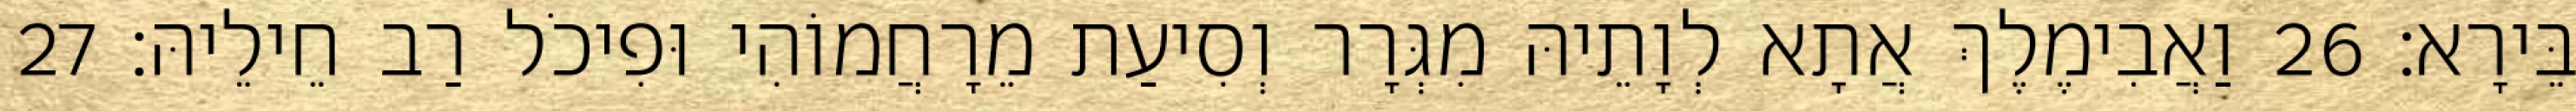
בֵּירָא׃ 26 וַאֲבִימֶלֶךְ אֲתָא לְוָתֵיהּ מִגְּרָר וְסִיעַת מֵרָחֲמוֹהִי וּפִיכֹל רַב חֵילֵיהּ׃ 27